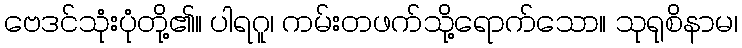
ဗေဒင်သုံးပုံတို့၏။ ပါရဂူ၊ ကမ်းတဖက်သို့ရောက်သော။ သုရုစိနာမ၊